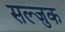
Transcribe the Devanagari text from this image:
सल्जुक